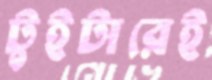
টুইটারেই